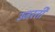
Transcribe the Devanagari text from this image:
उजरती